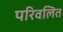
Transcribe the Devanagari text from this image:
परिवलित